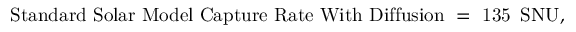
\mathrm { S t a n d a r d ~ S o l a r ~ M o d e l ~ C a p t u r e ~ R a t e ~ W i t h ~ D i f f u s i o n ~ = ~ 1 3 5 ~ \, S N U } ,